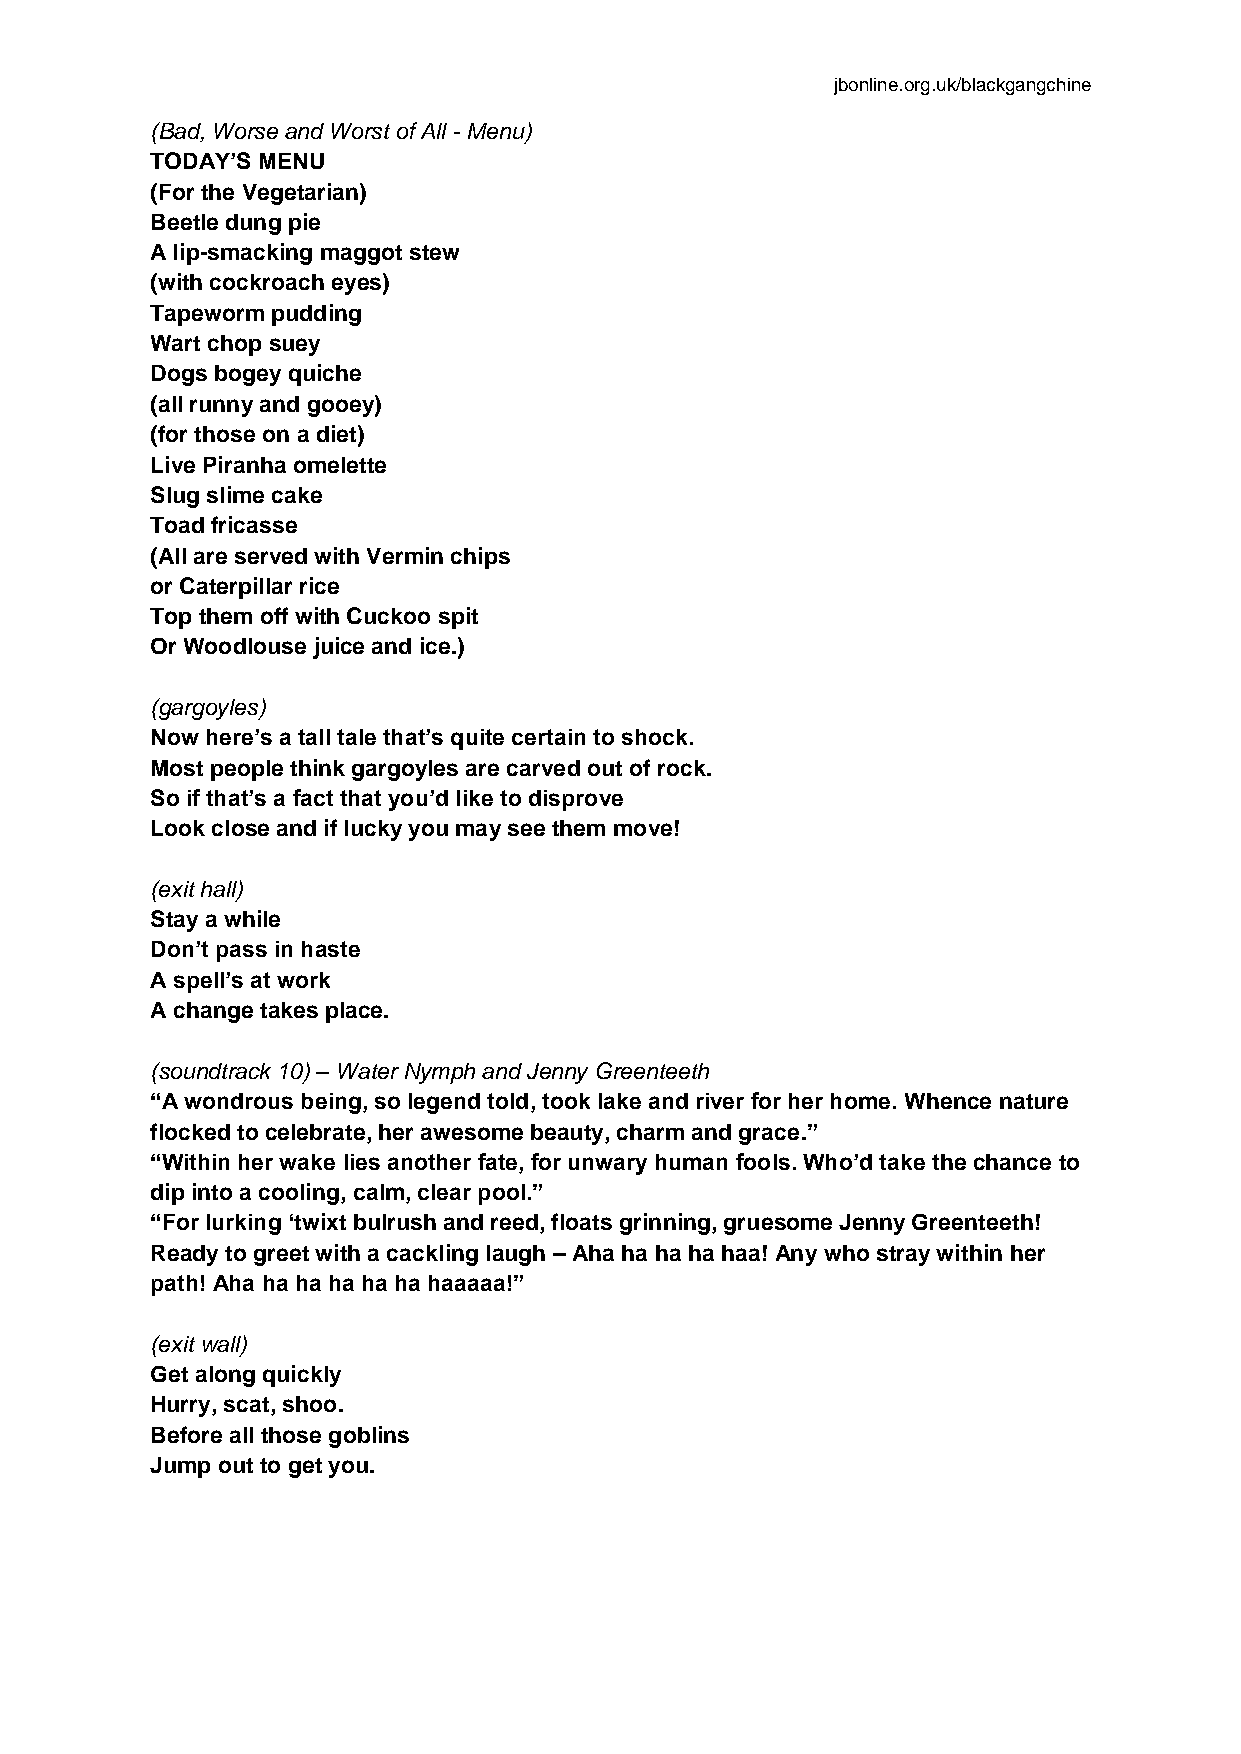
jbonline.org.uk/blackgangchine
 (Bad, Worse and Worst of All - Menu)
 TODAY’S MENU
 (For the Vegetarian)
 Beetle dung pie
 A lip-smacking maggot stew
 (with cockroach eyes)
 Tapeworm pudding
 Wart chop suey
 Dogs bogey quiche
 (all runny and gooey)
 (for those on a diet)
 Live Piranha omelette
 Slug slime cake
 Toad fricasse
 (All are served with Vermin chips
 or Caterpillar rice
 Top them off with Cuckoo spit
 Or Woodlouse juice and ice.)
 (gargoyles)
 Now here’s a tall tale that’s quite certain to shock.
 Most people think gargoyles are carved out of rock.
 So if that’s a fact that you’d like to disprove
 Look close and if lucky you may see them move!
 (exit hall)
 Stay a while
 Don’t pass in haste
 A spell’s at work
 A change takes place.
 (soundtrack 10) – Water Nymph and Jenny Greenteeth
 “A wondrous being, so legend told, took lake and river for her home. Whence nature
 flocked to celebrate, her awesome beauty, charm and grace.”
 “Within her wake lies another fate, for unwary human fools. Who’d take the chance to
 dip into a cooling, calm, clear pool.”
 “For lurking ‘twixt bulrush and reed, floats grinning, gruesome Jenny Greenteeth!
 Ready to greet with a cackling laugh – Aha ha ha ha haa! Any who stray within her
 path! Aha ha ha ha ha ha haaaaa!”
 (exit wall)
 Get along quickly
 Hurry, scat, shoo.
 Before all those goblins
 Jump out to get you.